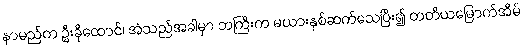
နာမည်က ဦးခိုထောင်၊ အဲသည်အခါမှာ ဘကြီးက မယားနှစ်ဆက်သေပြီး၍ တတိယမြောက်အိမ်